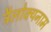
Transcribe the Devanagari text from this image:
त्रैलोक्यनाम